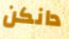
دانكن